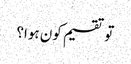
تو تقسیم کون ہوا؟